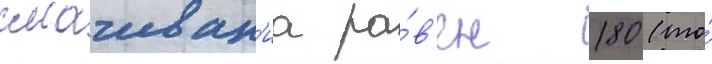
смачиван'иа ра́в'ен 180 (то́